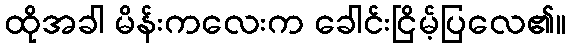
ထိုအခါ မိန်းကလေးက ခေါင်းငြိမ့်ပြလေ၏။